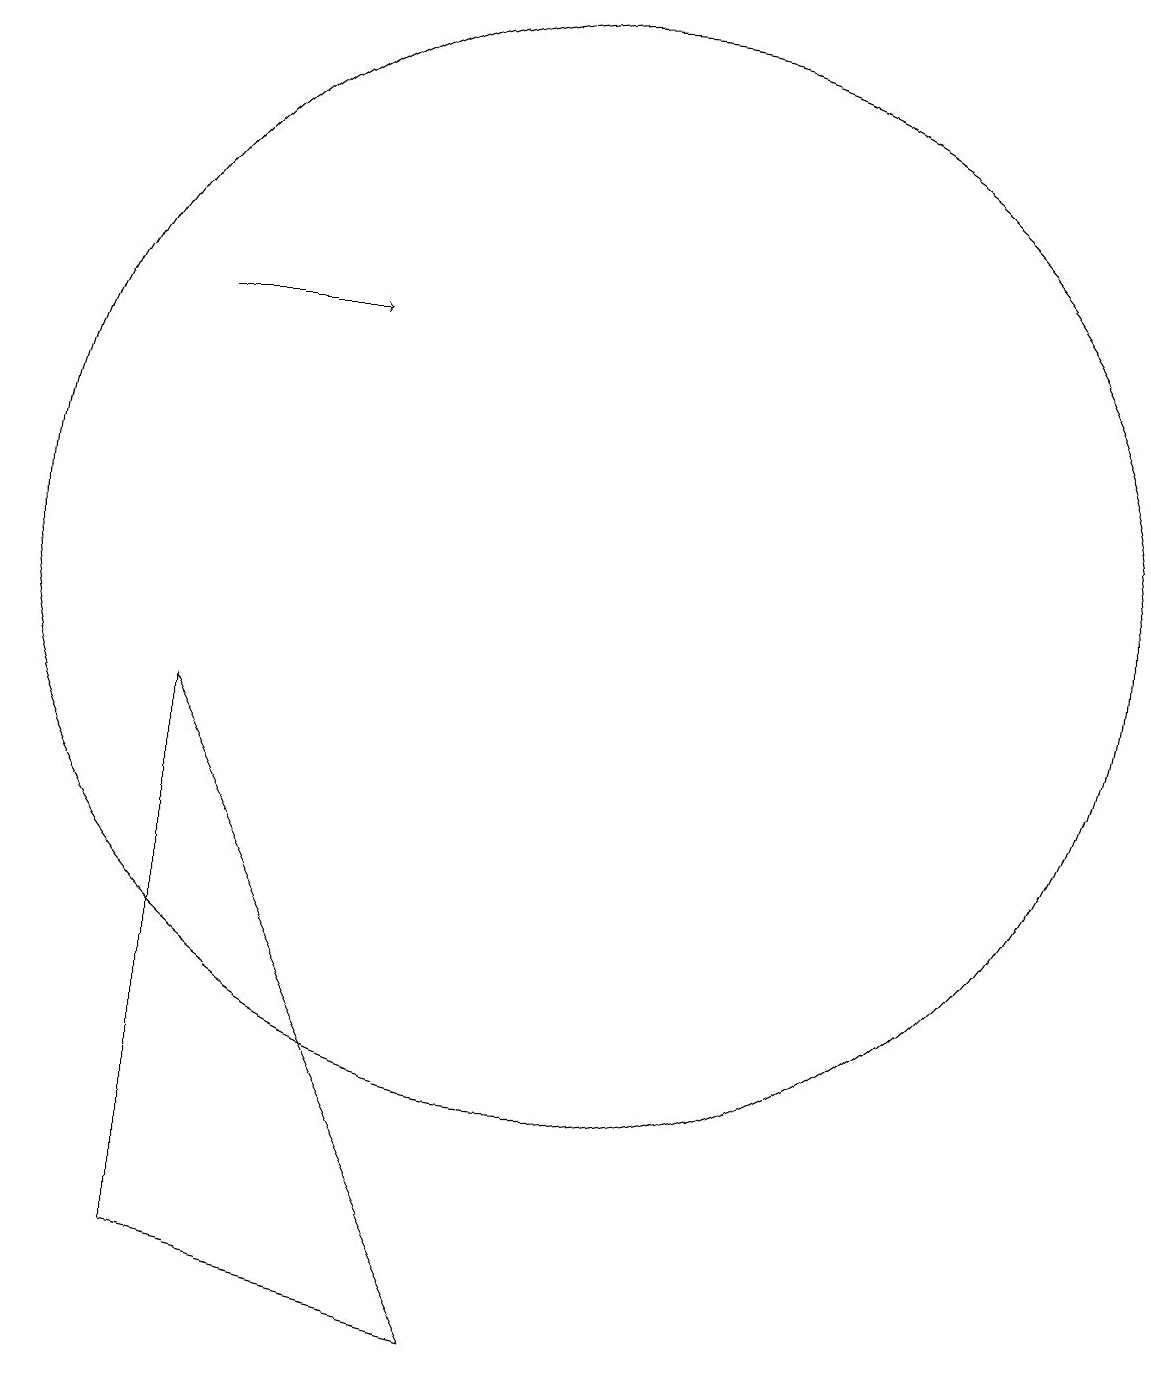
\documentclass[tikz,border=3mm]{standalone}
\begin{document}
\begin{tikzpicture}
\draw (10,11) circle (7);
\draw (9,1) -- (5,2) -- (5,9) -- cycle;
\draw[->] (5,14) -- (7,14);
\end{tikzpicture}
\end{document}